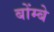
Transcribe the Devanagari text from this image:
बोंम्बे